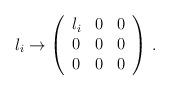
LaTeX: \begin{align*}\l_i\to\left(\begin{array}{ccc}\l_i&0&0\\0&0&0\\0&0&0\end{array}\right)\,.\end{align*}